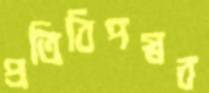
প্রতিবিপস্নব